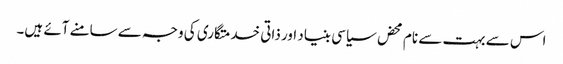
اس سے بہت سے نام محض سیاسی بنیاد اور ذاتی خدمتگاری کی وجہ سے سامنے آئے ہیں۔